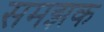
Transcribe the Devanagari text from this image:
समझक